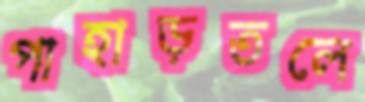
পাহাড়তলে